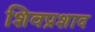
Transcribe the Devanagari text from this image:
शिवप्रशाद